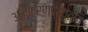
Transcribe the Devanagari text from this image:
अनुकरणप्रवृत्ति